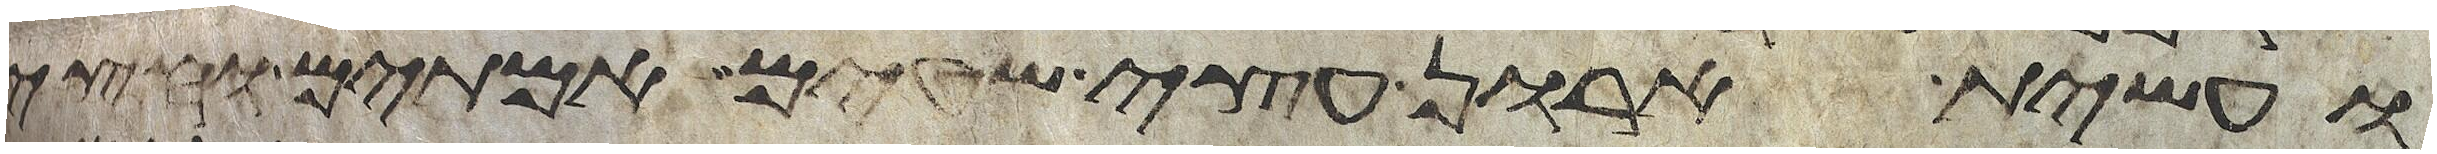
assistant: ועשית ארון עצי שטים אמתים וחצי